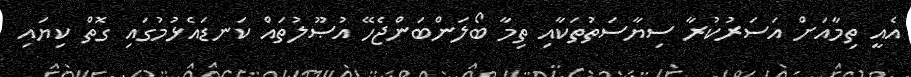
އެއީ ތިމާއަށް އަސަރުކުރާ ސިޔާސަތުތަކާއި ތިމާ ބޯލަންބަންޖެހޭ އުޞޫލުތައް ކަނޑައެޅުމުގައި ގޮތް ކިޔައި